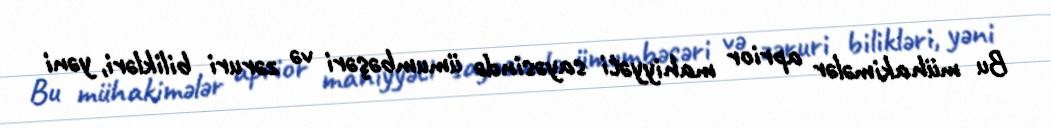
Bu mühakimələr aprior mahiyyəti sayəsində ümumbəşəri və zəruri bilikləri, yəni